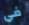
في